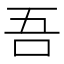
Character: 吾